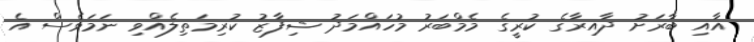
އާއި ބާރަށު ދާއިރާގެ ކުރީގެ މެމްބަރު މުހައްމަދު ޝިފާޒު ކުރިމަތިލެއްވި ނަމަވެސް އެ